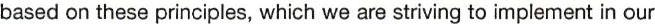
based on these principles, which we are striving to implement in our